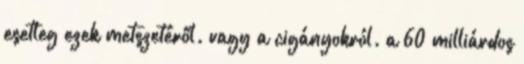
esetleg ezek metszetéről. vagy a cigányokról. a 60 milliárdos